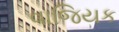
વાજિયક